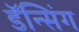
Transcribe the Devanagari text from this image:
डॅन्सिंग